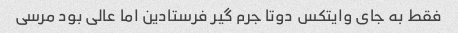
فقط به جای وایتکس دوتا جرم گیر فرستادین اما عالی بود مرسی